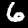
Digit: 6